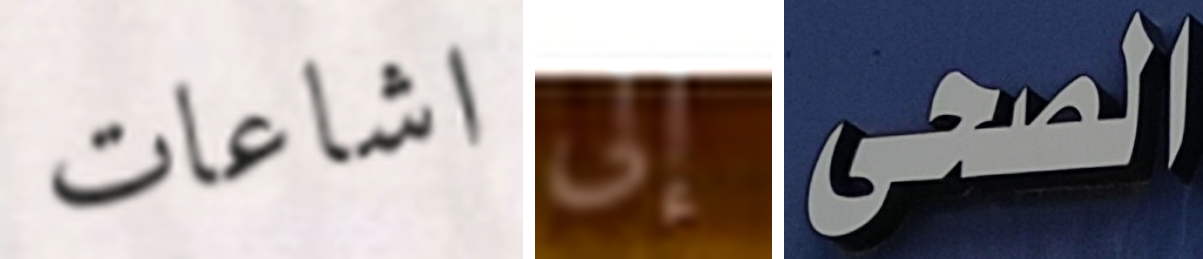
اشاعات إلى الصحى